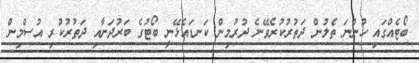
ބޯޓެއްގައި ހުންނަ ތެލުން ދަތުރުކުރެވޭނެ ދުރުމިން ކަނޑައެޅޭނީ ބޯޓުގެ ބަރުދަނާއި ދަތުރުކުރި އުސްމިން